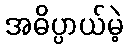
အဓိပ္ပာယ်မဲ့